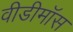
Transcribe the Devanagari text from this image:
वीडीमॉस